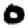
Digit: 0